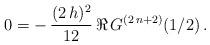
LaTeX: \begin{align*} 0 = -\,\frac{(2\,h)^2}{12}\,\Re\,G^{(2\,n+2)}(1/2)\,. \end{align*}